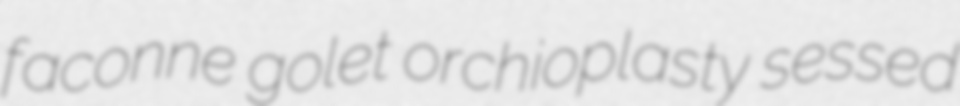
faconne golet orchioplasty sessed